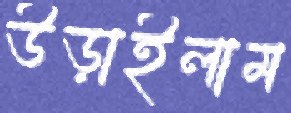
উড়াইলাম